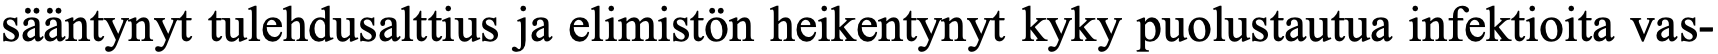
sääntynyt tulehdusalttius ja elimistön heikentynyt kyky puolustautua infektioita vas-